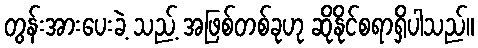
တွန်းအားပေးခဲ့ သည့် အဖြစ်တစ်ခုဟု ဆိုနိုင်စရာရှိပါသည်။